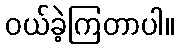
ဝယ်ခဲ့ကြတာပါ။